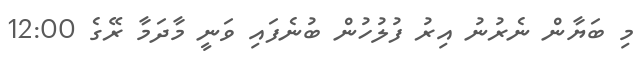
މި ބަޔާން ނެރުނު އިރު ފުލުހުން ބުނެފައި ވަނީ މާދަމާ ރޭގެ 12:00